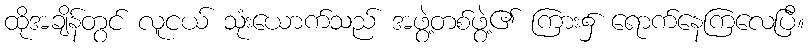
ထိုအချိန်တွင် လူငယ် သုံးယောက်သည် အဖွဲ့တစ်ဖွဲ့၏ ကြား၌ ရောက်နေကြလေပြီ။